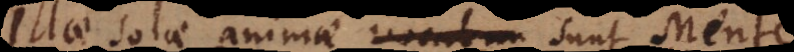
Illae solae animae sunt Mentes